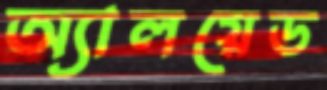
অ্যালয়েড